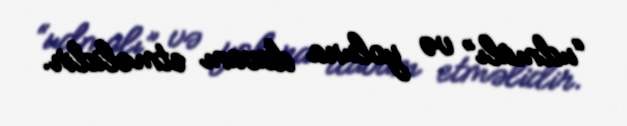
“udmalı” və yoluna davam etməlidir.